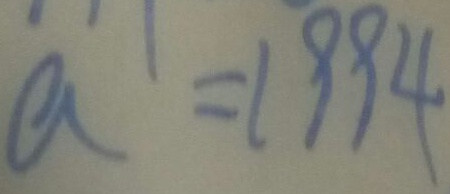
a = 1 9 9 4